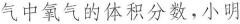
气中氧气的体积分数，小明